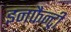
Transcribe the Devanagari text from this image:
इनफैन्ट्री